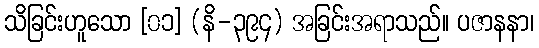
သိခြင်းဟူသော [၀၁] (နိ-၃၉၄) အခြင်းအရာသည်။ ပဇာနနာ၊